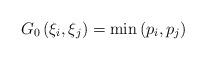
LaTeX: \begin{align*}G_{0}\left( \xi _{i},\xi _{j}\right) =\min \left( p_{i},p_{j}\right)\end{align*}